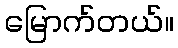
မြောက်တယ်။